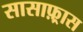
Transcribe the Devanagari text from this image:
सासाफ़्रास